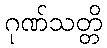
ဂုဏ်သတ္တိ